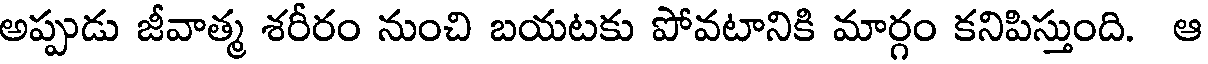
అప్పుడు జీవాత్మ శరీరం నుంచి బయటకు పోవటానికి మార్గం కనిపిస్తుంది. ఆ